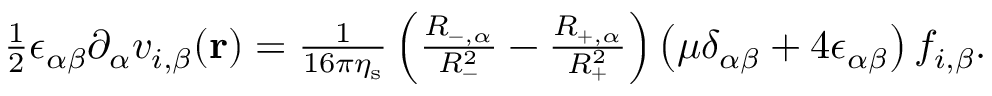
\begin{array} { r } { \frac { 1 } { 2 } \epsilon _ { \alpha \beta } \partial _ { \alpha } v _ { i , \beta } ( \mathbf { r } ) = \frac { 1 } { 1 6 \pi \eta _ { \mathrm { s } } } \left( \frac { R _ { - , \alpha } } { R _ { - } ^ { 2 } } - \frac { R _ { + , \alpha } } { R _ { + } ^ { 2 } } \right) \left( \mu \delta _ { \alpha \beta } + 4 \epsilon _ { \alpha \beta } \right) f _ { i , \beta } . } \end{array}